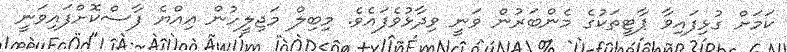
ކަމަށް ގުޅިފައިވާ ޕާޓީތަކުގެ މެންބަރުން ވަނީ ވިދާޅުވެފައެވެ. މިބިލް މަޖިލީހުން އިއްޔެ ފާސްކޮށްފައިވަނީ